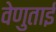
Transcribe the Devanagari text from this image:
वेणुताई